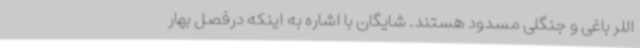
اللر باغی و جنگلی مسدود هستند. شایگان با اشاره به اینکه درفصل بهار